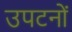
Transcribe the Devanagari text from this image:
उपटनों